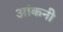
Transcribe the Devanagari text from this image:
आंकनी